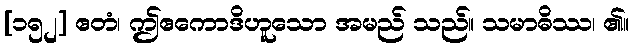
[၁၅၂] ဧတံ၊ ဤဧကောဒိဟူသော အမည် သည်။ သမာဓိဿ၊ ၏။